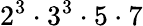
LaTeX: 2^{3}\cdot 3^{3}\cdot 5\cdot 7